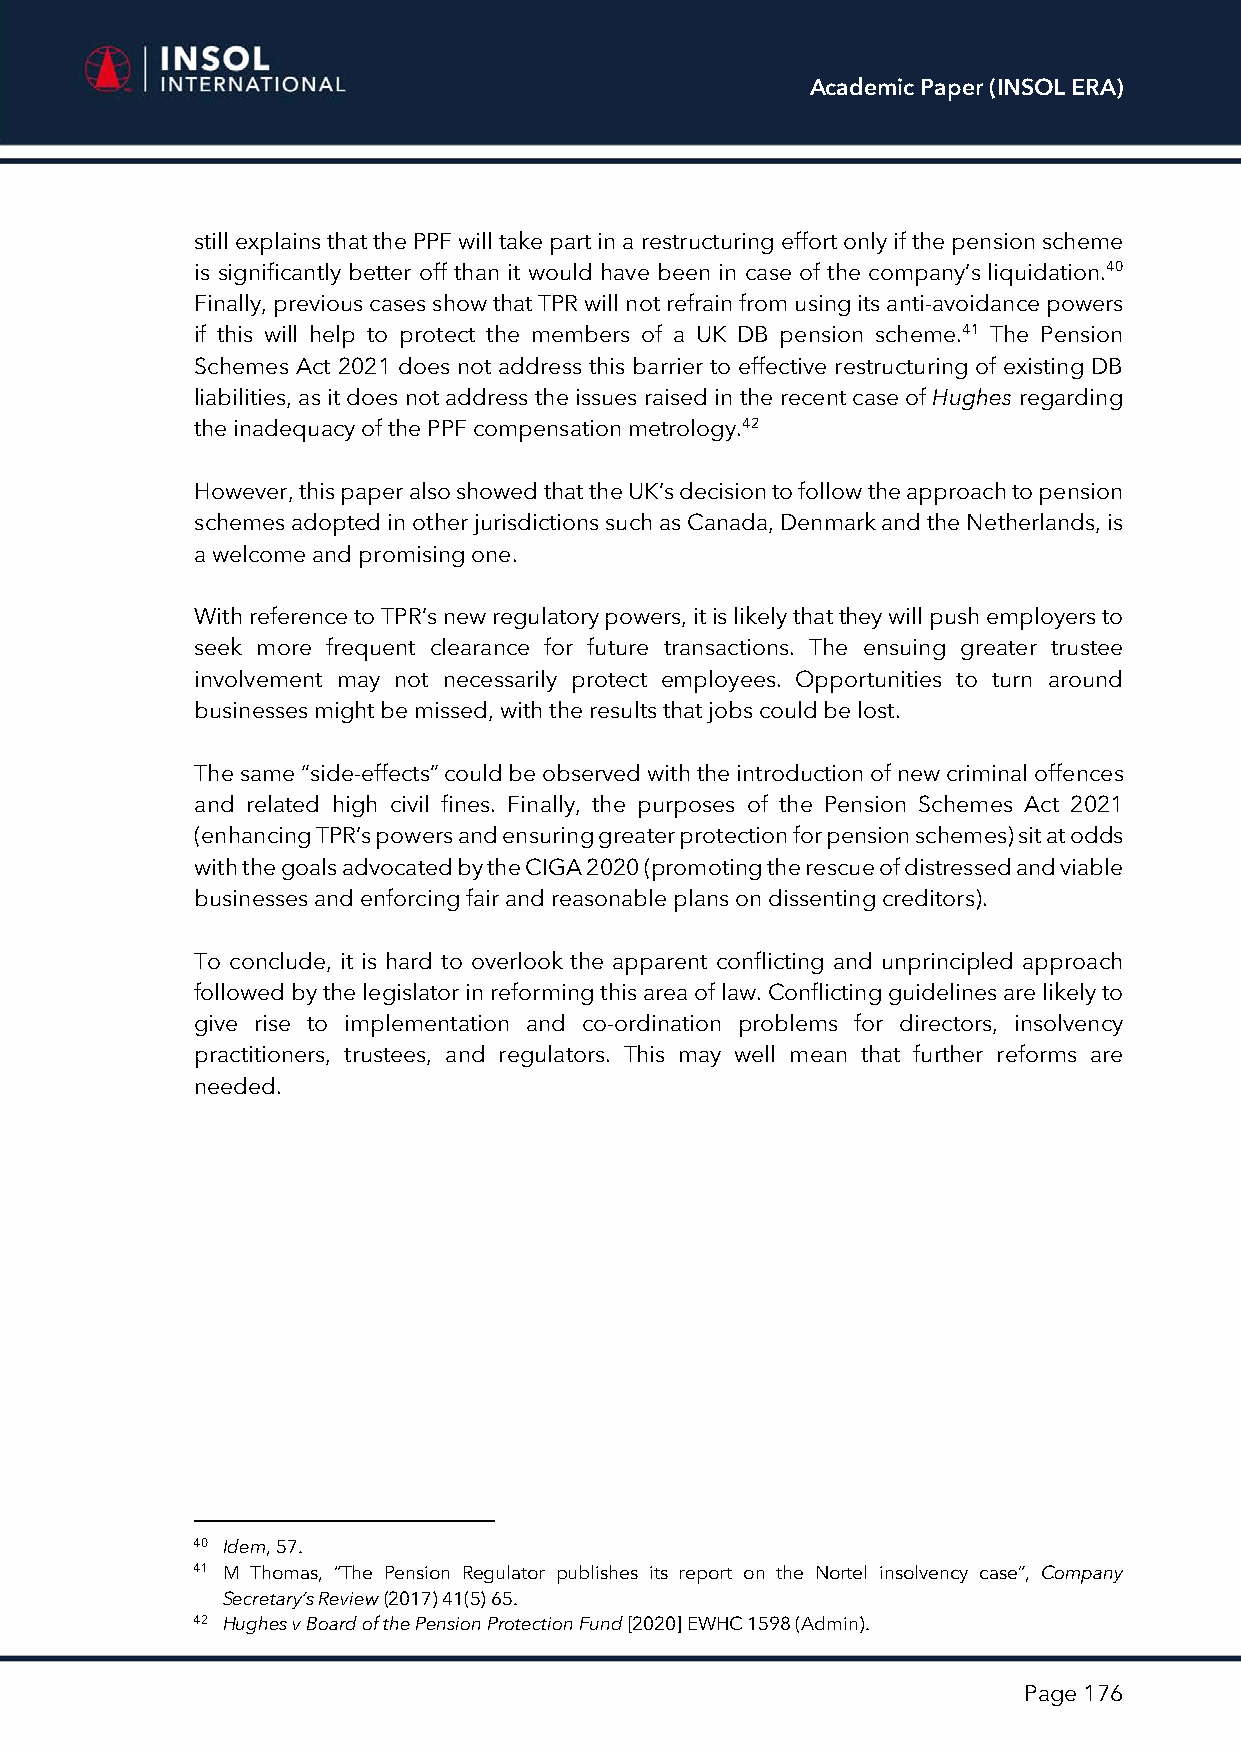
Academic Paper (INSOL ERA)
 still explains that the PPF will take part in a restructuring effort only if the pension scheme
 is significantly better off than it would have been in case of the company’s liquidation.40
 Finally, previous cases show that TPR will not refrain from using its anti-avoidance powers
 if this will help to protect the members of a UK DB pension scheme.41 The Pension
 Schemes Act 2021 does not address this barrier to effective restructuring of existing DB
 liabilities, as it does not address the issues raised in the recent case of Hughes regarding
 the inadequacy of the PPF compensation metrology.42
 However, this paper also showed that the UK’s decision to follow the approach to pension
 schemes adopted in other jurisdictions such as Canada, Denmark and the Netherlands, is
 a welcome and promising one.
 With reference to TPR’s new regulatory powers, it is likely that they will push employers to
 seek more frequent clearance for future transactions. The ensuing greater trustee
 involvement may not necessarily protect employees. Opportunities to turn around
 businesses might be missed, with the results that jobs could be lost.
 The same “side-effects” could be observed with the introduction of new criminal offences
 and related high civil fines. Finally, the purposes of the Pension Schemes Act 2021
 (enhancing TPR’s powers and ensuring greater protection for pension schemes) sit at odds
 with the goals advocated by the CIGA 2020 (promoting the rescue of distressed and viable
 businesses and enforcing fair and reasonable plans on dissenting creditors).
 To conclude, it is hard to overlook the apparent conflicting and unprincipled approach
 followed by the legislator in reforming this area of law. Conflicting guidelines are likely to
 give rise to implementation and co-ordination problems for directors, insolvency
 practitioners, trustees, and regulators. This may well mean that further reforms are
 needed.
 40 Idem, 57.
 41 M Thomas, “The Pension Regulator publishes its report on the Nortel insolvency case”, Company
 Secretary’s Review (2017) 41(5) 65.
 42 Hughes v Board of the Pension Protection Fund [2020] EWHC 1598 (Admin).
 Page 176